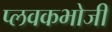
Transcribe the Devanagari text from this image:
प्लवकभोजी